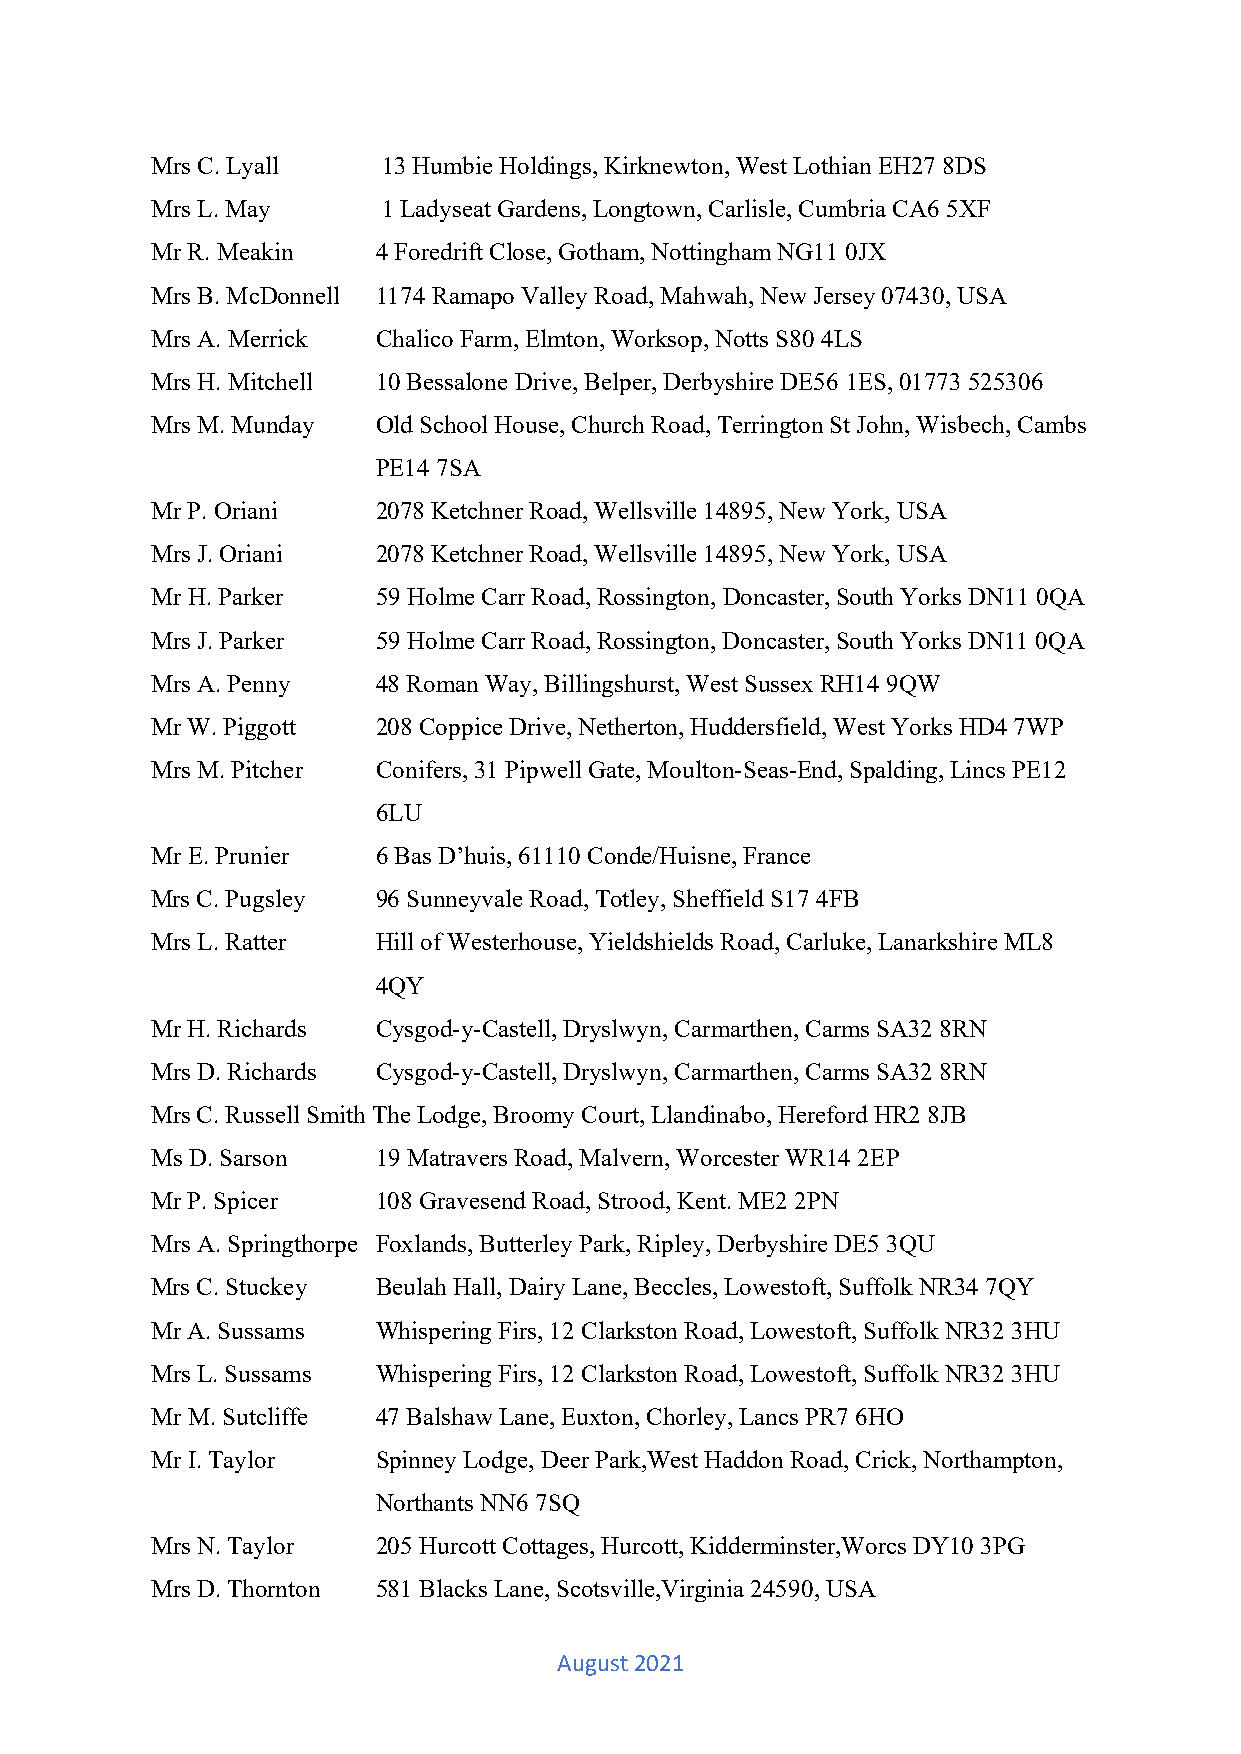
Mrs C. Lyall   13 Humbie Holdings, Kirknewton, West Lothian EH27 8DS
 Mrs L. May     1 Ladyseat Gardens, Longtown, Carlisle, Cumbria CA6 5XF
 Mr R. Meakin   4 Foredrift Close, Gotham, Nottingham NG11 0JX
 Mrs B. McDonnell 1174 Ramapo Valley Road, Mahwah, New Jersey 07430, USA
 Mrs A. Merrick Chalico Farm, Elmton, Worksop, Notts S80 4LS
 Mrs H. Mitchell 10 Bessalone Drive, Belper, Derbyshire DE56 1ES, 01773 525306
 Mrs M. Munday  Old School House, Church Road, Terrington St John, Wisbech, Cambs
 PE14 7SA
 Mr P. Oriani   2078 Ketchner Road, Wellsville 14895, New York, USA
 Mrs J. Oriani  2078 Ketchner Road, Wellsville 14895, New York, USA
 Mr H. Parker   59 Holme Carr Road, Rossington, Doncaster, South Yorks DN11 0QA
 Mrs J. Parker  59 Holme Carr Road, Rossington, Doncaster, South Yorks DN11 0QA
 Mrs A. Penny   48 Roman Way, Billingshurst, West Sussex RH14 9QW
 Mr W. Piggott  208 Coppice Drive, Netherton, Huddersfield, West Yorks HD4 7WP
 Mrs M. Pitcher Conifers, 31 Pipwell Gate, Moulton-Seas-End, Spalding, Lincs PE12
 6LU
 Mr E. Prunier  6 Bas D’huis, 61110 Conde/Huisne, France
 Mrs C. Pugsley 96 Sunneyvale Road, Totley, Sheffield S17 4FB
 Mrs L. Ratter  Hill of Westerhouse, Yieldshields Road, Carluke, Lanarkshire ML8
 4QY
 Mr H. Richards Cysgod-y-Castell, Dryslwyn, Carmarthen, Carms SA32 8RN
 Mrs D. Richards Cysgod-y-Castell, Dryslwyn, Carmarthen, Carms SA32 8RN
 Mrs C. Russell Smith The Lodge, Broomy Court, Llandinabo, Hereford HR2 8JB
 Ms D. Sarson   19 Matravers Road, Malvern, Worcester WR14 2EP
 Mr P. Spicer   108 Gravesend Road, Strood, Kent. ME2 2PN
 Mrs A. Springthorpe Foxlands, Butterley Park, Ripley, Derbyshire DE5 3QU
 Mrs C. Stuckey Beulah Hall, Dairy Lane, Beccles, Lowestoft, Suffolk NR34 7QY
 Mr A. Sussams  Whispering Firs, 12 Clarkston Road, Lowestoft, Suffolk NR32 3HU
 Mrs L. Sussams Whispering Firs, 12 Clarkston Road, Lowestoft, Suffolk NR32 3HU
 Mr M. Sutcliffe 47 Balshaw Lane, Euxton, Chorley, Lancs PR7 6HO
 Mr I. Taylor   Spinney Lodge, Deer Park,West Haddon Road, Crick, Northampton,
 Northants NN6 7SQ
 Mrs N. Taylor  205 Hurcott Cottages, Hurcott, Kidderminster,Worcs DY10 3PG
 Mrs D. Thornton 581 Blacks Lane, Scotsville,Virginia 24590, USA
 August 2021